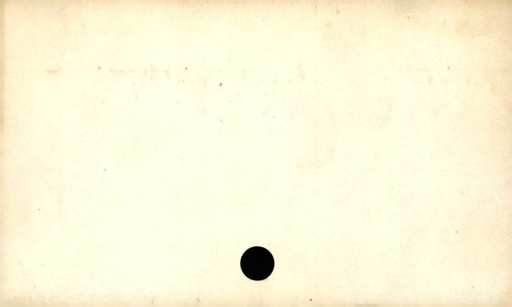
Label: blank